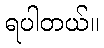
ရပါတယ်။